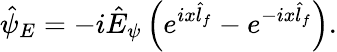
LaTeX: \hat{\psi}_{E}=-i\hat{E}_{\psi}\left(e^{ix\hat{l}_{f}}-e^{-ix\hat{l}_{f}}\right).